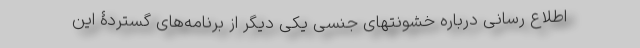
اطلاع رسانی درباره خشونتهای جنسی یکی دیگر از برنامه‌های گستردۀ این